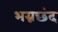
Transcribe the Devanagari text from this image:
भग्नछंद